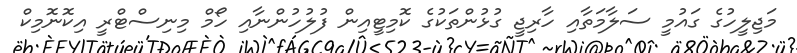
މަޖިލީހުގެ ގައުމީ ސަލާމަތާއި ހާރިޖީ ގުޅުންތަކުގެ ކޮމިޓީއިން ފުލުހުންނާއި ހޯމް މިނިސްޓްރީ އިކޮނޮމިކް